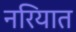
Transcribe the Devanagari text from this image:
नरियात